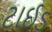
ટાઈડ